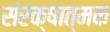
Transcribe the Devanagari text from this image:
संरक्षात्मक